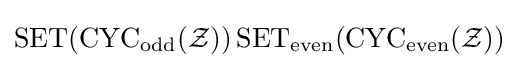
\operatorname {SET} (\operatorname {CYC} _{\operatorname {odd} }({\mathcal {Z}}))\operatorname {SET} _{\operatorname {even} }(\operatorname {CYC} _{\operatorname {even} }({\mathcal {Z}}))